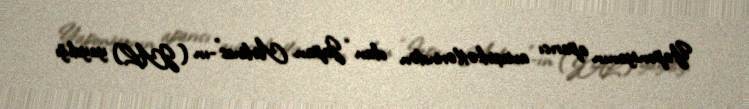
Yaponiyanın aparıcı aviaşirkətlərindən olan “Japan Airlines”-ın (JAL) yaydığı